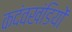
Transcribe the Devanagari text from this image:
कदंवखंडियों